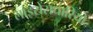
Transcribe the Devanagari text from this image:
लाइसेंसधारियो